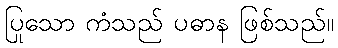
ပြုသော ကံသည် ပဓာန ဖြစ်သည်။